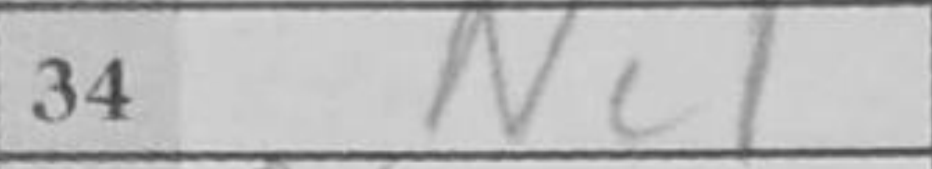
Transcription: Nc1